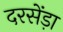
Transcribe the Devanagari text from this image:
दरसेंड़ा